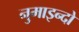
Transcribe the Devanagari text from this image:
नुमाइन्दो